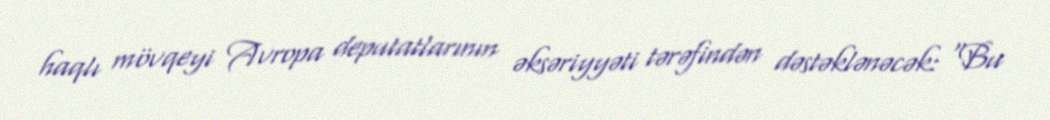
haqlı mövqeyi Avropa deputatlarının əksəriyyəti tərəfindən dəstəklənəcək: “Bu